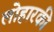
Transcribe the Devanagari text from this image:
लोहारकी